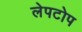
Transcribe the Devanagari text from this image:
लेपटोप